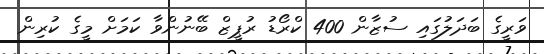
ވަރީގެ ބަދަލުގައި ސުޒާން 400 ކްރޯޑު ރުޕީޒް ބޭނުންވާ ކަމަށް މީގެ ކުރިން